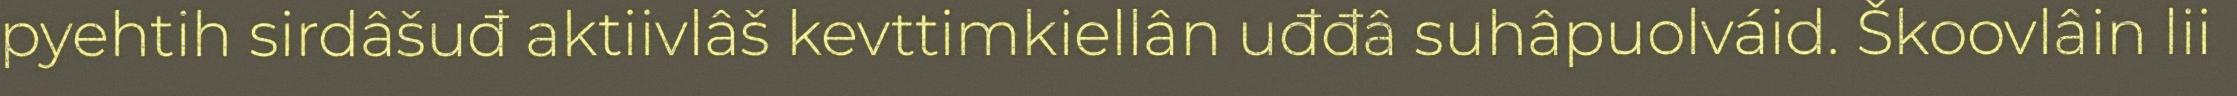
pyehtih sirdâšuđ aktiivlâš kevttimkiellân uđđâ suhâpuolváid. Škoovlâin lii